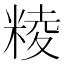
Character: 𥺙